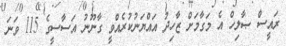
ރައީސް ޞާލިހް އެ މަގާމަށް ޒާހިދު އައްޔަނުކުރެއްވީ ގާނޫނު އަސާސީގެ 115 ވަނަ